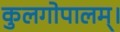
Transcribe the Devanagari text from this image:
कुलगोपालम्‌।